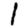
Digit: 1